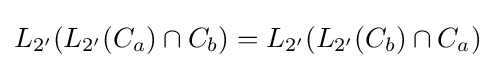
L_{2'}(L_{2'}(C_{a})\cap C_{b})=L_{2'}(L_{2'}(C_{b})\cap C_{a})